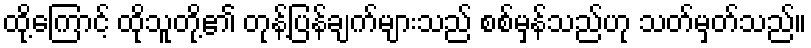
ထို့ကြောင့် ထိုသူတို့၏ တုန့်ပြန်ချက်များသည် စစ်မှန်သည်ဟု သတ်မှတ်သည်။